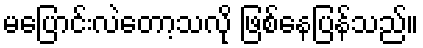
မပြောင်းလဲတော့သလို ဖြစ်နေပြန်သည်။